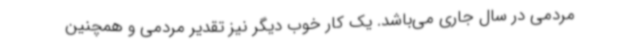
مردمی در سال جاری می‌باشد. یک کار خوب دیگر نیز تقدیر مردمی و همچنین